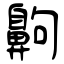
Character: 齁